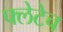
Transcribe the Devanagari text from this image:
फ्लेटेच